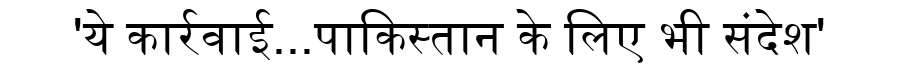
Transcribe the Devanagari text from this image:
'ये कार्रवाई...पाकिस्तान के लिए भी संदेश'